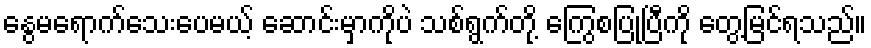
နွေမရောက်သေးပေမယ့် ဆောင်းမှာကိုပဲ သစ်ရွက်တို့ ကြွေစပြုပြီကို တွေ့မြင်ရသည်။